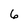
Character: 6